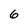
Character: 6